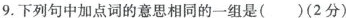
9.下列句中加点词的意思相同的一组是()(2分)